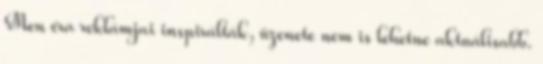
Men éra reklámjai inspirálták, üzenete nem is lehetne aktuálisabb.